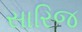
સારિજ